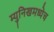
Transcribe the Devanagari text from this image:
म्युनिखमध्येच